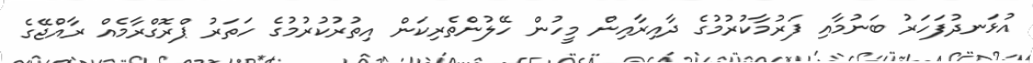
އުޅަނދުފަހަރު ބަނުމާއި ފަރުމާކުރުމުގެ ދާއިރާއިން މީހުން ހޭލުންތެރިކަން އިތުރުކުރުމުގެ ހަތަރު ޕްރޮގްރާމެއް ރާއްޖޭގެ